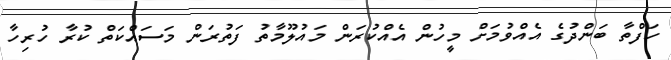
ހަފްތާ ބަންދުގެ އެއްވުމަށް މީހުން އެއްކުރަން މައުލޫމާތު ފަތުރަން މަސައްކަތް ކުރާ ހުރިހާ